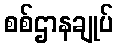
စစ်ဌာနချုပ်